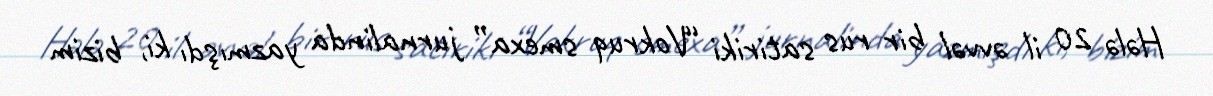
Hələ 20 il əvvəl bir rus satiriki “Vokruq smexa” jurnalinda yazmışdı ki, bizim